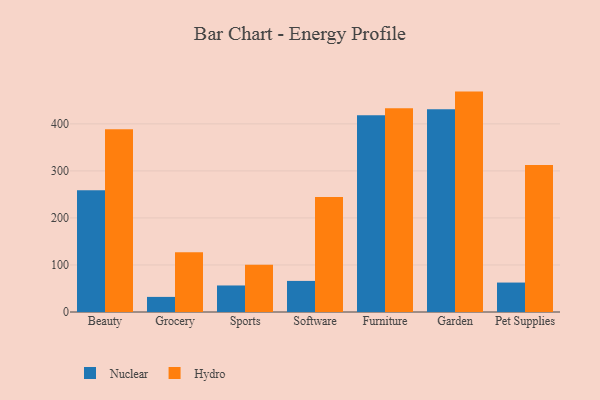
{"axis": {"x": "Category", "y": "Energy Usage (MWh)"}, "legend": ["Hydro", "Nuclear"], "data": [{"x": "Beauty", "y": 258.8, "type": "Nuclear"}, {"x": "Beauty", "y": 388.3, "type": "Hydro"}, {"x": "Grocery", "y": 32.1, "type": "Nuclear"}, {"x": "Grocery", "y": 127.3, "type": "Hydro"}, {"x": "Sports", "y": 56.4, "type": "Nuclear"}, {"x": "Sports", "y": 100.7, "type": "Hydro"}, {"x": "Software", "y": 66.1, "type": "Nuclear"}, {"x": "Software", "y": 244.6, "type": "Hydro"}, {"x": "Furniture", "y": 418.2, "type": "Nuclear"}, {"x": "Furniture", "y": 433.3, "type": "Hydro"}, {"x": "Garden", "y": 431.2, "type": "Nuclear"}, {"x": "Garden", "y": 468.6, "type": "Hydro"}, {"x": "Pet Supplies", "y": 62.6, "type": "Nuclear"}, {"x": "Pet Supplies", "y": 312.6, "type": "Hydro"}]}